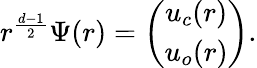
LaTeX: \begin{array}{r}{r^{\frac{d-1}{2}}\Psi(r)=\left(\begin{array}{c}{u_{c}(r)}\\ {u_{o}(r)}\end{array}\right).}\end{array}